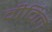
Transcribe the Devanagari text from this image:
वीविल